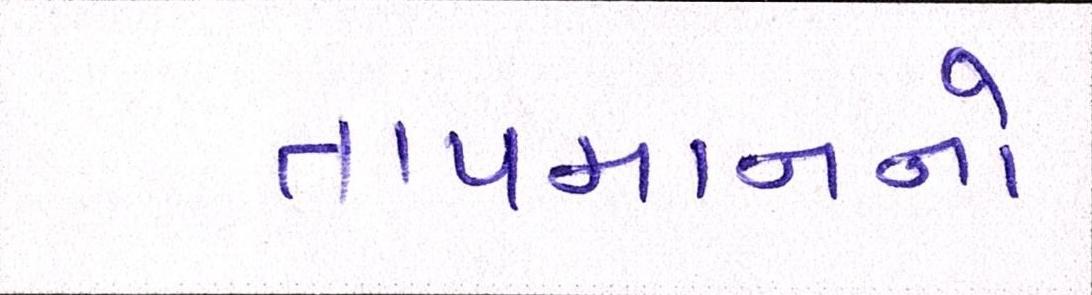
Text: તાપમાનનો